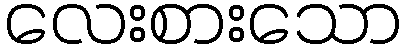
လေးစားသော